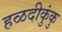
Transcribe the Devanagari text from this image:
हळदीकुंकु